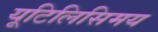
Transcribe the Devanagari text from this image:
यूटिलिसिमय